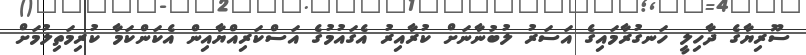
ސޫރިޔާގެ ދާހިލީ ހަނގުރާމައިގެ އަސަރު ލުބުނާނަށް ކުރާއިރު އެގައުމުގެ އަސްކަރިއްޔާއިން އެކަންކަމާ ކުރިމަތިލުމަށް